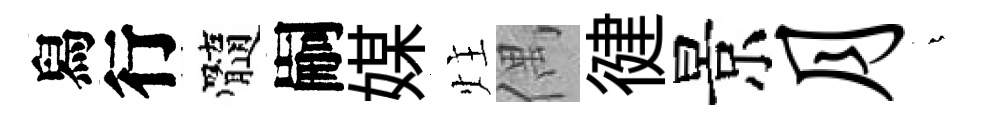
舄行髓嗣媒炷偶徤景月燁